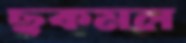
ছকমল